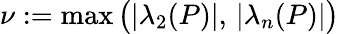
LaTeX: \nu:=\operatorname*{max}\big(|\lambda_{2}(P)|,\, |\lambda_{n}(P)|\big)